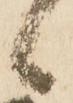
候